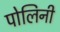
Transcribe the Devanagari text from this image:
पोलिनी